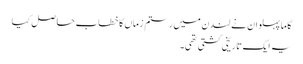
گاما پہلوان نے لندن میں رستم زماں کا خطاب حاصل کیا
یہ ایک تاریخی کشتی تھی۔